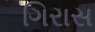
ગિરાસ